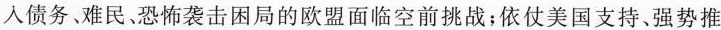
入债务、难民、恐怖袭击困局的欧盟面临空前挑战；依仗美国支持、强势推